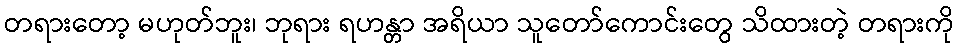
တရားတော့ မဟုတ်ဘူး၊ ဘုရား ရဟန္တာ အရိယာ သူတော်ကောင်းတွေ သိထားတဲ့ တရားကို